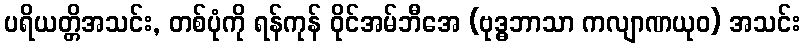
ပရိယတ္တိအသင်း, တစ်ပုံကို ရန်ကုန် ဝိုင်အမ်ဘီအေ (ဗုဒ္ဓဘာသာ ကလျာဏယုဝ) အသင်း